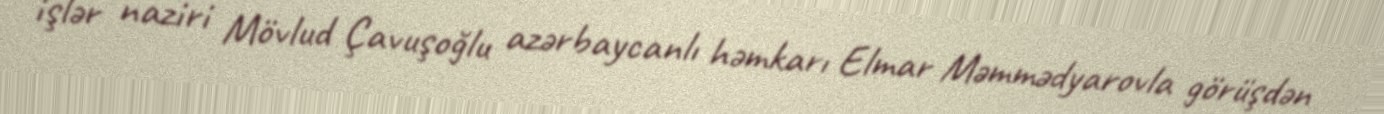
işlər naziri Mövlud Çavuşoğlu azərbaycanlı həmkarı Elmar Məmmədyarovla görüşdən